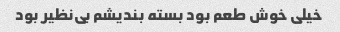
خیلی خوش طعم بود بسته بندیشم بی‌نظیر بود